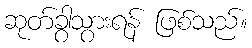
ဆုတ်ခွာသွားရန် ဖြစ်သည်။